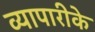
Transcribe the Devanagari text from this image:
व्‍यापारीके